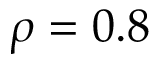
\rho = 0 . 8